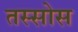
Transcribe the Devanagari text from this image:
तस्सोस